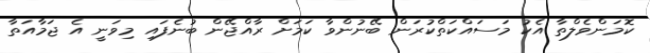
ކޮމަންވެލްތާ އެކު މަސައްކަތްކުރަން ބޭނުންވާ ކަމަށް ރާއްޖޭން ބުނެފައި މިވަނީ އެ ޖަމާއަތާ